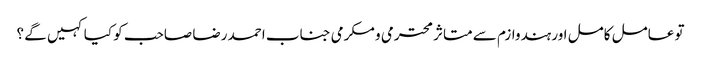
تو عامل کامل اور ہندوازم سے متاثر محترمی و مکرمی جناب احمد رضا صاحب کو کیا کہیں گے ؟